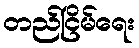
တည်ငြိမ်ရေး